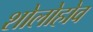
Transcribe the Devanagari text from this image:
शोलोहोव